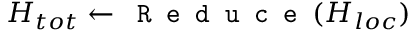
H _ { t o t } \leftarrow \texttt { R e d u c e } ( H _ { l o c } )